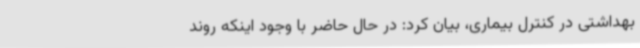
بهداشتی در کنترل بیماری، بیان کرد: در حال حاضر با وجود اینکه روند